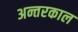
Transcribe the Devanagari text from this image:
अन्तरकाल